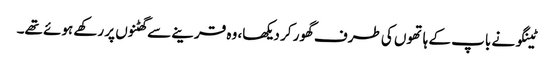
ٹینگو نے باپ کے ہاتھوں کی طرف گھور کر دیکھا، وہ قرینے سے گھٹنوں پر رکھے ہوئے تھے۔